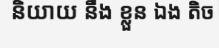
និយាយ នឹង ខ្លួន ឯង តិច